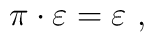
\pi \cdot \varepsilon = \varepsilon~,